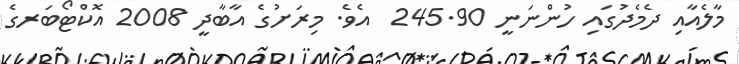
މާލެއާއި ދެމެދުގައި ހުންނަނީ 245.90  އެވެ. މިރަށުގެ އާބާދީ 2008 އޮކްޓޯބަރގެ